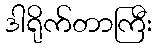
ဒါရိုက်တာကြီး